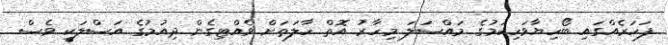
ފަހަރެއްގައި ބޯހިޔާވަހިކަމުގެ މައްސަލަ މިހާރު އޮތް ހާލަތަށް ވެއްޓިގެން ދިއުމުގެ އަސްލަކީ ވެސް